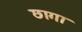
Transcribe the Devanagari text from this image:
छागा